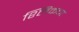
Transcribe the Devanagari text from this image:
श्लिकचा